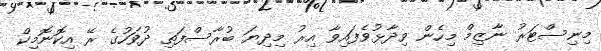
މިނިސްޓަރު ނާޒިމް މިހެން ވިދާޅުވެފައިވާ އިރު މިދިޔަ ބުރާސްފަތި ދުވަހުގެ ރޭ އިކޮނޮމިކް